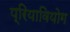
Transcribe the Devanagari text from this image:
प्रियावियोग